Scottish Leaving Certificate Examination, 1959
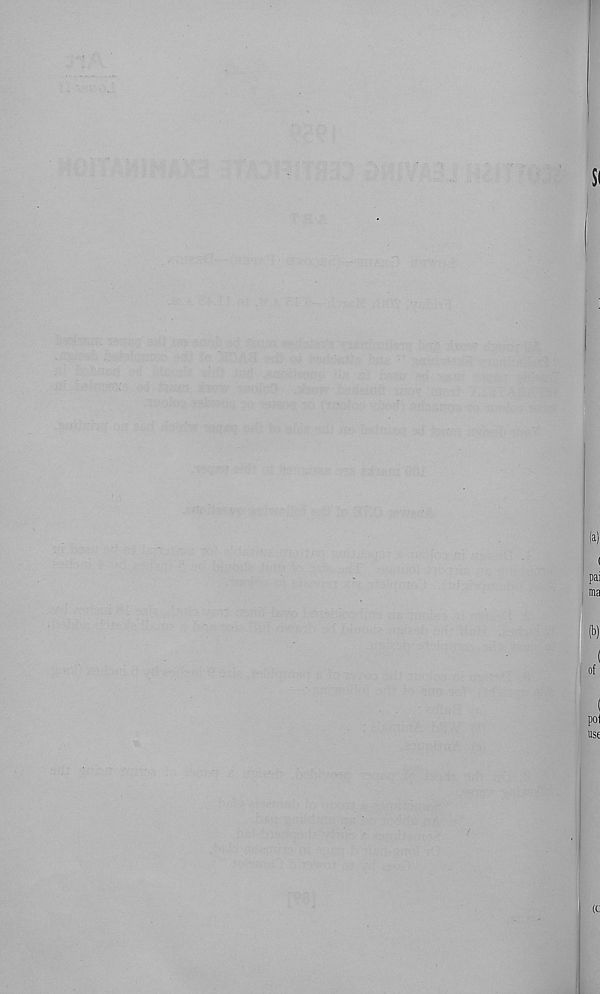
Si
I (a)
(
pai
ma
(b)
(
of
poj
use
(t